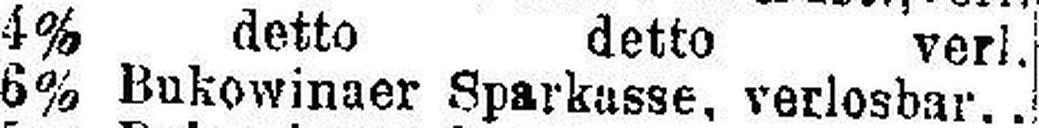
4% detto detto verl.